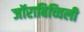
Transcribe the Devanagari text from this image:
जॉराबिच्विली